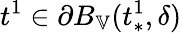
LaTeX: t^{1}\in\partial B_{\mathbb{V}}(t_{*}^{1},\delta)